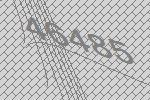
46485